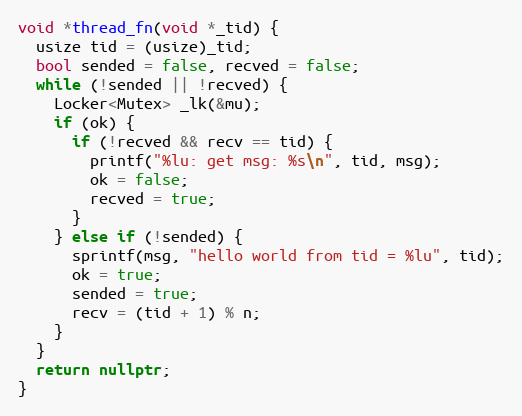
Language: C++
void *thread_fn(void *_tid) {
  usize tid = (usize)_tid;
  bool sended = false, recved = false;
  while (!sended || !recved) {
    Locker<Mutex> _lk(&mu);
    if (ok) {
      if (!recved && recv == tid) {
        printf("%lu: get msg: %s\n", tid, msg);
        ok = false;
        recved = true;
      }
    } else if (!sended) {
      sprintf(msg, "hello world from tid = %lu", tid);
      ok = true;
      sended = true;
      recv = (tid + 1) % n;
    }
  }
  return nullptr;
}